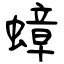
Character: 蟑